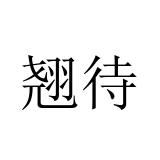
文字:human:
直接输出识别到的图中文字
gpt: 翘待